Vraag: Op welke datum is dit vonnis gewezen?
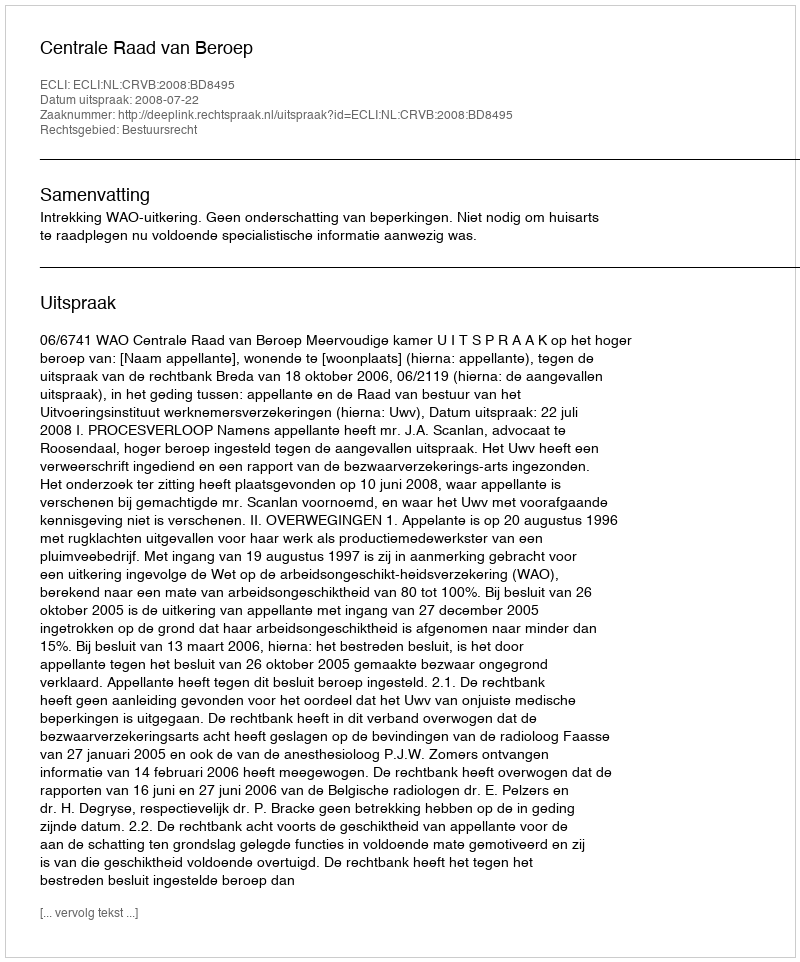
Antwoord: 2008-07-22